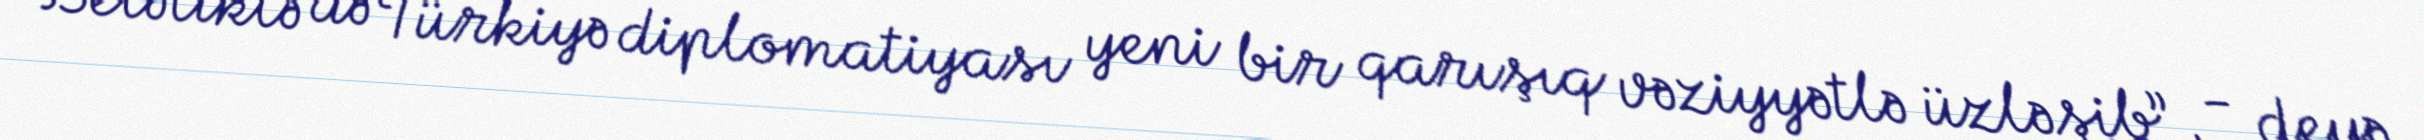
Beləliklə də Türkiyə diplomatiyası yeni bir qarışıq vəziyyətlə üzləşib”, - deyə